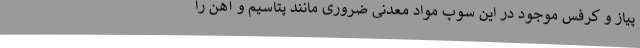
پیاز و کرفس موجود در این سوپ مواد معدنی ضروری مانند پتاسیم و آهن را